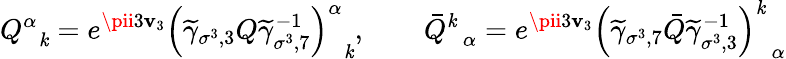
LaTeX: Q_{\; \; \mathit{k}}^{\alpha}=e^{\pii3\mathbf{v}_{3}}\left(\widetilde{{\gamma}}_{\sigma^{3},3}Q\widetilde{{\gamma}}_{\sigma^{3},7}^{-1}\right)_{\; \; \mathit{k}}^{\alpha},\quad\quad\bar{{Q}}_{\; \; \alpha}^{\mathit{k}}=e^{\pii3\mathbf{v}_{3}}\left(\widetilde{{\gamma}}_{\sigma^{3},7}\bar{{Q}}\widetilde{{\gamma}}_{\sigma^{3},3}^{-1}\right)_{\; \; \alpha}^{\mathit{k}}